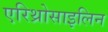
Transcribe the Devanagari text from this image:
एरिथ्रोसाइलिन